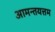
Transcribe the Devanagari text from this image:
आमन्तयत्तम